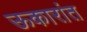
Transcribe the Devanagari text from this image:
ऊकारांत